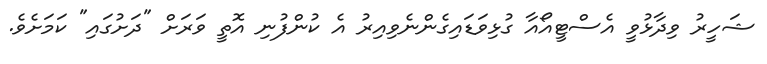
ޝަހީރު ވިދާޅުވީ އެސްޓީއޯއާ ގުޅިވަޑައިގެންނެވިއިރު އެ ކުންފުނި އޮތީ ވަރަށް "ދަށުގައި" ކަމަށެވެ.